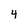
Character: 4